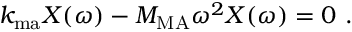
k _ { \mathrm { m a } } X ( \omega ) - M _ { \mathrm { M A } } \omega ^ { 2 } X ( \omega ) = 0 ~ .